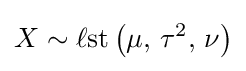
X\sim \operatorname {\ell st} \left(\mu ,\,\tau ^{2},\,\nu \right)